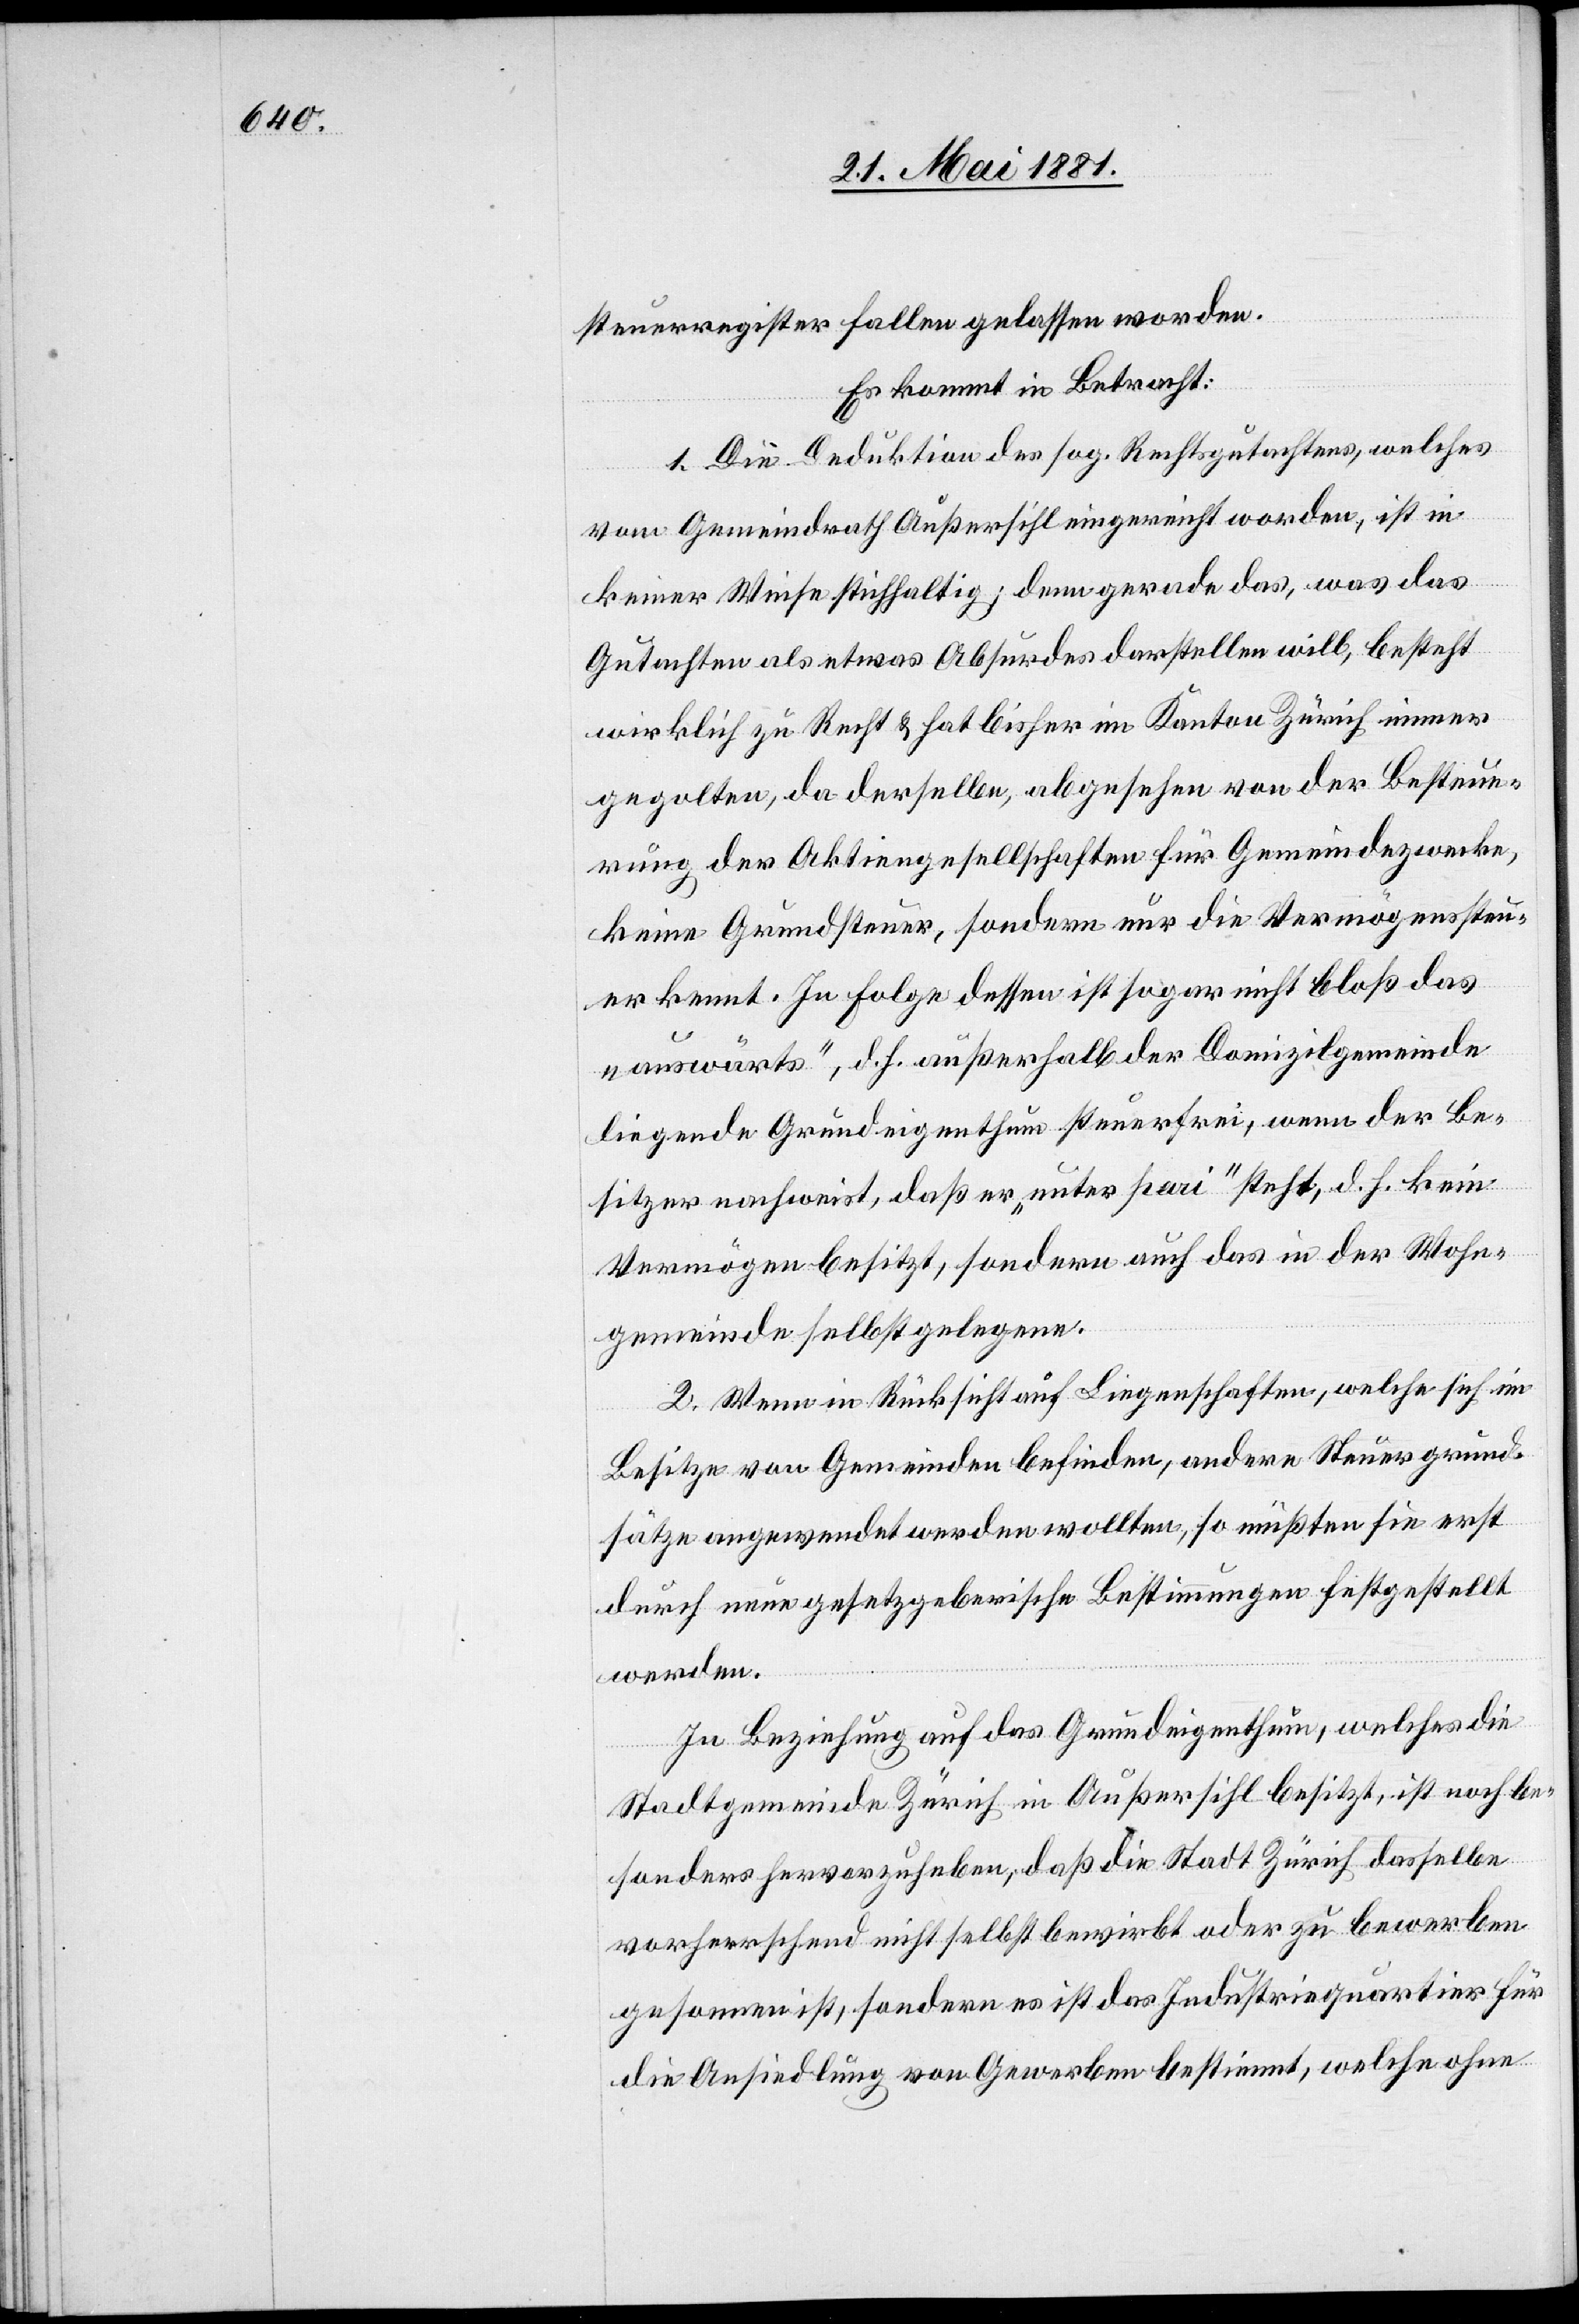
steuerregister fallen gelassen worden.
Es kommt in Betracht:
1. Die Deduktion des sog. Rechtsgutachtens, welches
vom Gemeindrath Außersihl eingereicht worden, ist in
keiner Weise stichhaltig; denn gerade das, was das
Gutachten als etwas Absurdes darstellen will, besteht
wirklich zu Recht & hat bisher im Kanton Zürich immer
gegolten, da derselbe, abgesehen von der Besteue¬
rung der Aktiengesellschaften für Gemeindezwecke,
keine Grundsteuer, sondern nur die Vermögenssteu¬
er kennt. In Folge dessen ist sogar nicht bloß das
„auswärts“, d. h. außerhalb der Domizilgemeinde
liegende Grundeigenthum steuerfrei, wenn der Be¬
sitzer nachweist, daß er „unter pari“ steht, d. h. kein
Vermögen besitzt, sondern auch das in der Wohn¬
gemeinde selbst gelegene.
2. Wenn in Rücksicht auf Liegenschaften, welche sich im
Besitze von Gemeinden befinden, andere Steuergrund¬
sätze angewendet werden wollten, so müßten sie erst
durch neue gesetzgeberische Bestimmungen festgestellt
werden.
In Beziehung auf das Grundeigenthum, welches die
Stadtgemeinde Zürich in Außersihl besitzt, ist noch be¬
sonders hervorzuheben, daß die Stadt Zürich dasselbe
vorherrschend nicht selbst bewirkt oder zu bewerben
gesonnen ist, sondern es ist das Industriequartier für
die Ansiedlung von Gewerbe bestimmt, welche ohne